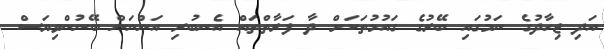
އަދި ޖިހާދުގެ ނަމުގައި ބޭރުގެ ގައުމުތަކަށް ދާ ފަރާތްތައް އެނބުރި އަންނަން ބޭނުންވިޔަސް